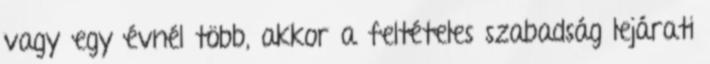
vagy egy évnél több, akkor a feltételes szabadság lejárati